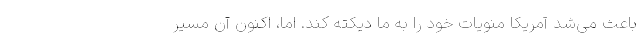
باعث می‌شد آمریکا منویات خود را به ما دیکته کند. اما، اکنون آن مسیر